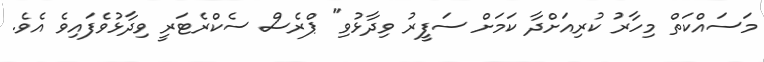
މަސައްކަތް މިހާރު ކުރިއަށްދާ ކަމަށް ސަފީރު ވިދާޅުވި" ޕްރެސް ސެކްރެޓަރީ ވިދާޅުވެފައިވެ އެވެ.